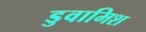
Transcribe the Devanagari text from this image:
डुवामिश